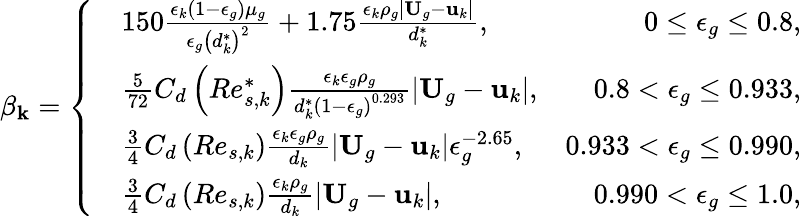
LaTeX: \beta_{\mathbf{k}}=\left\{ \begin{array}{rlr}&{150\frac{\epsilon_{k}\left(1-\epsilon_{g}\right)\mu_{g}}{\epsilon_{g}\left(d_{k}^{*}\right)^{2}}+1.75\frac{\epsilon_{k}\rho_{g}|\textbf{U}_{g}-\textbf{u}_{k}|}{d_{k}^{*}},}&{0\le\epsilon_{g}\le 0.8,}\\ &{\frac{5}{72}C_{d}\left(Re_{s,k}^{*}\right)\frac{\epsilon_{k}\epsilon_{g}\rho_{g}}{d_{k}^{*}\left(1-\epsilon_{g}\right)^{0.293}}|\textbf{U}_{g}-\textbf{u}_{k}|,}&{0.8<\epsilon_{g}\le 0.933,}\\ &{\frac{3}{4}C_{d}\left(Re_{s,k}\right)\frac{\epsilon_{k}\epsilon_{g}\rho_{g}}{d_{k}}|\textbf{U}_{g}-\textbf{u}_{k}|\epsilon_{g}^{-2.65},}&{0.933<\epsilon_{g}\le 0.990,}\\ &{\frac{3}{4}C_{d}\left(Re_{s,k}\right)\frac{\epsilon_{k}\rho_{g}}{d_{k}}|\textbf{U}_{g}-\textbf{u}_{k}|,}&{0.990<\epsilon_{g}\le 1.0,}\end{array}\right.